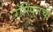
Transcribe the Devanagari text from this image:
रॉस्पिनची